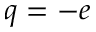
q = - e